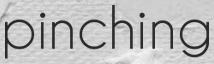
pinching